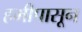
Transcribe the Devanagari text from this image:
हमीपासून